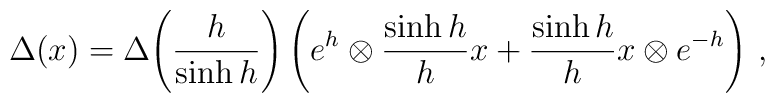
\Delta(x)=\Delta\!\left(\frac{h}{\sinh h}\right)\left(e^h\otimes\frac{\sinh h}{h}x+\frac{\sinh h}{h}x\otimes e^{-h}\right)\,,